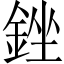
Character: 銼